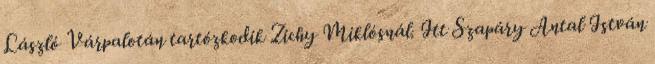
László Várpalotán tartózkodik Zichy Miklósnál. Itt Szapáry Antal István